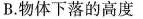
B.物体下落的高度